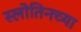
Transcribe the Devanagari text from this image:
स्लोतिनच्या